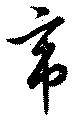
帝